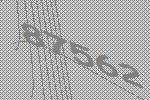
87562